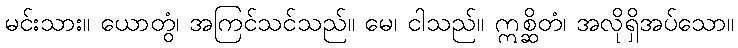
မင်းသား။ ယောတွံ၊ အကြင်သင်သည်။ မေ၊ ငါသည်။ ဣစ္ဆိတံ၊ အလိုရှိအပ်သော။